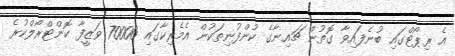
އެ ރިޕޯޓްގައި ބުނެފައިވާ ގޮތުން ޗައިނާގެ ކުންފުނިތަކުން އެމެރިކާގައި 70000 ވަޒީފާ ކޮންޓްރޯލްކުރެ